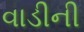
વાડીની